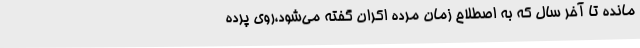
‌مانده تا آخر سال که به اصطلاح زمان مرده اکران گفته می‌شود،روی پرده